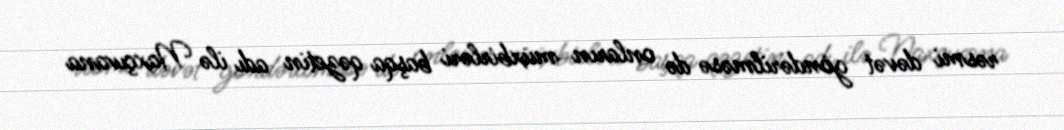
rəsmi dəvət göndərilməsə də onların müxbirləri başqa qəzetin adı ilə Naxçıvana